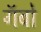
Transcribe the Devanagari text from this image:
गॅबो